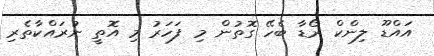
އައްޑޫ ލިންކް ރޯޑާ ބެހޭ ގޮތުން މި ފަހަރު މި އޮތީ ނުރައްކާތެރި